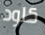
كلود